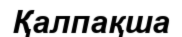
Қалпақша